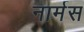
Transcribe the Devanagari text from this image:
नार्मस